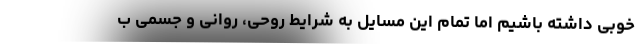
خوبی داشته باشیم اما تمام این مسایل به شرایط روحی، روانی و جسمی ب